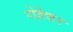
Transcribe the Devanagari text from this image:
रोहेकर